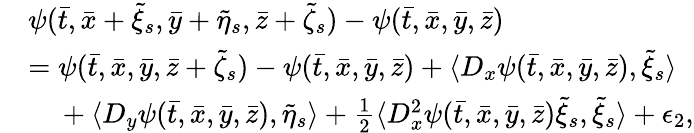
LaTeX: \begin{array}{rl}&{\psi(\bar{t},\bar{x}+\tilde{\xi}_{s},\bar{y}+\tilde{\eta}_{s},\bar{z}+\tilde{\zeta}_{s})-\psi(\bar{t},\bar{x},\bar{y},\bar{z})}\\ &{=\psi(\bar{t},\bar{x},\bar{y},\bar{z}+\tilde{\zeta}_{s})-\psi(\bar{t},\bar{x},\bar{y},\bar{z})+\langle D_{x}\psi(\bar{t},\bar{x},\bar{y},\bar{z}),\tilde{\xi}_{s}\rangle}\\ &{\mathrm{~\ ~\ }+\langle D_{y}\psi(\bar{t},\bar{x},\bar{y},\bar{z}),\tilde{\eta}_{s}\rangle+\frac{1}{2}\langle D_{x}^{2}\psi(\bar{t},\bar{x},\bar{y},\bar{z})\tilde{\xi}_{s},\tilde{\xi}_{s}\rangle+\epsilon_{2},}\end{array}